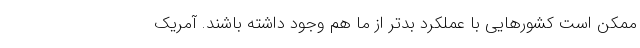
ممکن است کشورهایی با عملکرد بدتر از ما هم وجود داشته باشند. آمریک